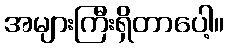
အများကြီးရှိတာပေါ့။